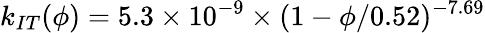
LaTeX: k_{IT}(\phi)=5.3\times 10^{-9}\times(1-\phi/0.52)^{-7.69}